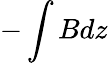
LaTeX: -\int Bdz